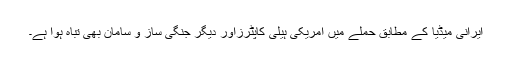
ایرانی میڈیا کے مطابق حملے میں امریکی ہیلی کاپٹرزاور دیگر جنگی ساز و سامان بھی تباہ ہوا ہے۔